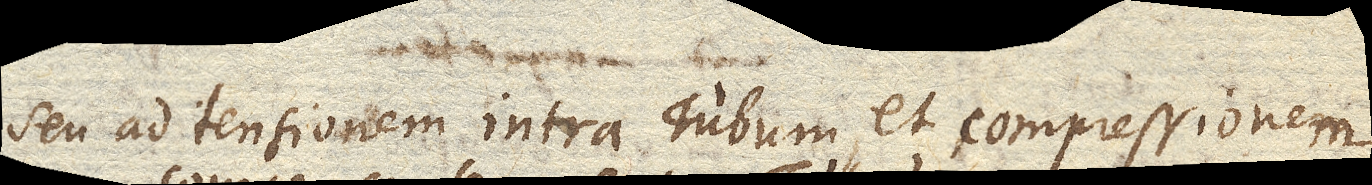
seu ad tensionem intra Tubum, et compressionem